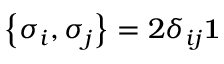
\left\{ \sigma _ { i } , \sigma _ { j } \right\} = 2 \delta _ { i j } { \bf 1 }